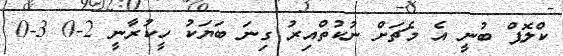
ކްލޮޕް ބުނީ އެ މެޗަށް ނުކުތްއިރު ގިނަ ބަޔަކު ހީކުރާނީ 2-0 3-0